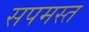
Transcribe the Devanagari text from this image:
सपमस्त